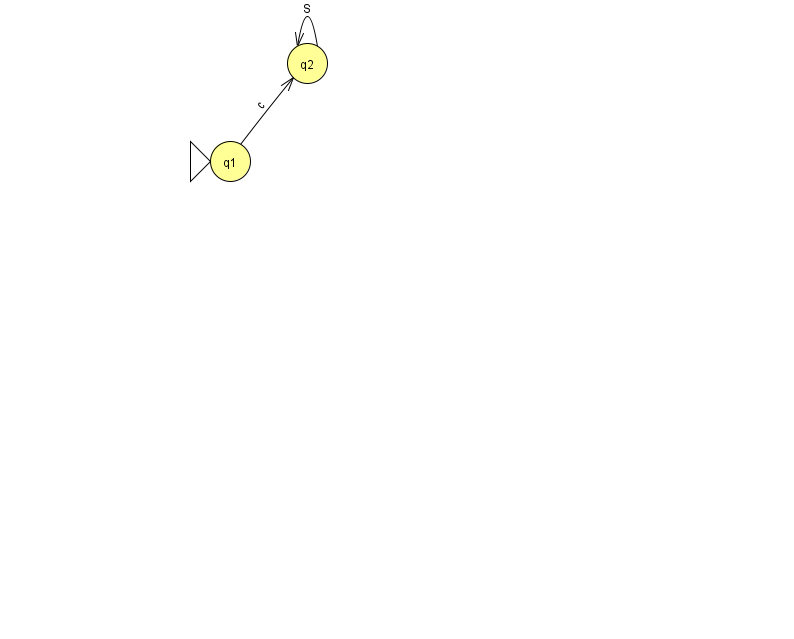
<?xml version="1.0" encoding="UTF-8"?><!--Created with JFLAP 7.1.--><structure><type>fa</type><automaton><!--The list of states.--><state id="1" name="q1"><x>230.0</x><y>148.0</y><initial/></state><state id="2" name="q2"><x>307.0</x><y>50.0</y></state><!--The list of transitions.--><transition><from>1</from><to>2</to><read>c</read></transition><transition><from>2</from><to>2</to><read>S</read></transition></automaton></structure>